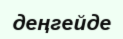
деңгейде